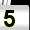
Digit: 5